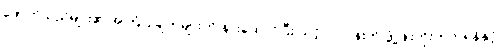
ဖောက်သည်များ၏ အကြံပြုချက်များကို နားထောင်ပြီး သင့်လုပ်ငန်းကို ဖွံ့ဖြိုးတိုးတက်ရန်နှင့်